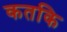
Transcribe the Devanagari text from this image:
कतकि